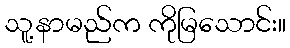
သူ့နာမည်က ကိုမြသောင်း။